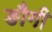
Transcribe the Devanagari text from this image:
ङौगी